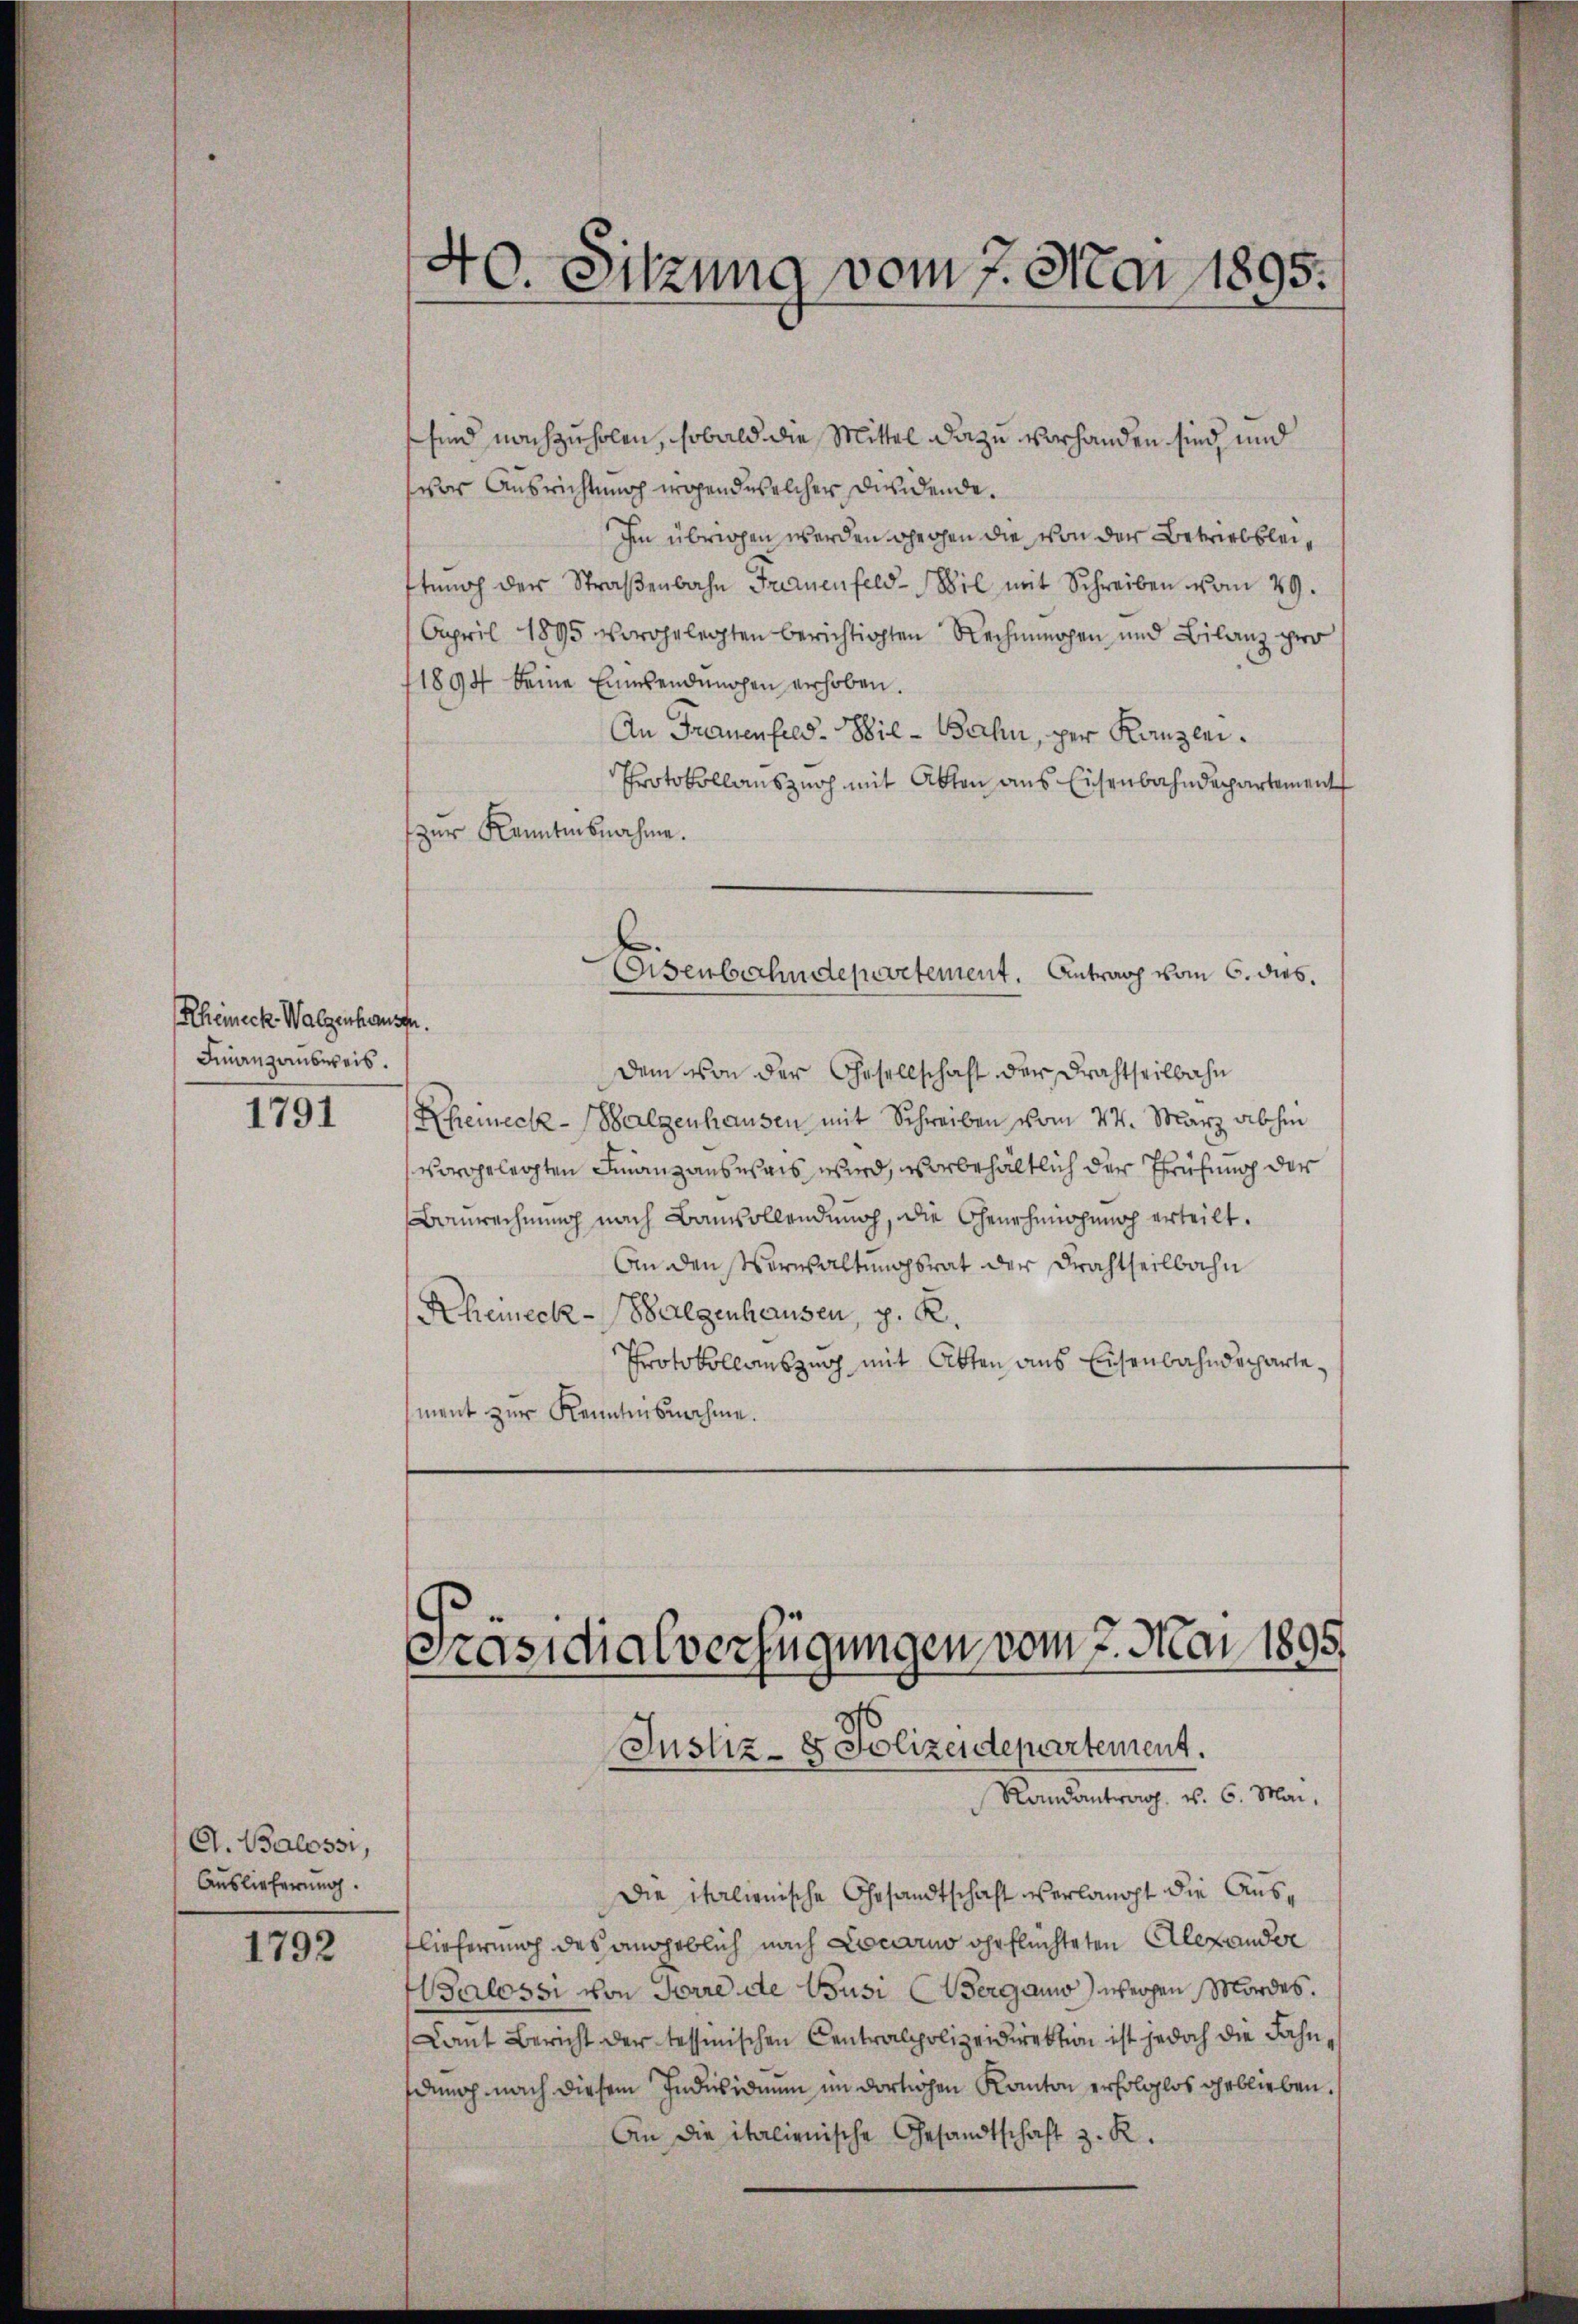
Rheineck Walzenhausen.
Finanzausweis.

1791

C. Balossi,
Auslieferung.

1792

4
10. Sitzung vom 7. Mai 1895.

sind nachzuholen, sobald die Mittel dazu vorhanden sind, und
vor Ausrichtung wohend welcher diendende.
Im übrigen werden Ohechen die von der Betriebbleiftung der Straβenbahn Frauenfeld-Bil mit Schreiben vom 29.
Aapril 1895 vorgelegten berichtigten Rechnungen und Bilanz pro
11894 keine Einwendungen erhoben.
An Frauenfeld-Bil-Bahn, per Kanzlei¬
Protokollanszuch mit Akten aus Eisenbahndepartement
zur Kenntnisnahme.
dem von der Gesellschaft der Drahtheilbahn
Rheineck-Salzenhausen mit Schreiben vom 24. März abhin
vorgelegten Finanzausweis wird, vorbehältlich der Prüfung der
Baurechnung nach Bauvollendung, die Genehmigung erteilt.
An den Verwaltungsrat der Frachtheilbahn
Rheineck-Balgenhausen, p. K.
Protokollauszug mit Atten aus Eisenbahndecharte,
ment zur Kenntnisnahme.

Eisenbahndepartement. Antrag vom 6. dies

Präsidialverfügungen vom 7. Mai 1895
Justiz- & Polizeidepartement.

Randantrag. v. 6. Mai,
Die italienische Gesandtschaft verlangt die Auslieferung des angeblich nach Locarno eheflüchteten Alexander
alossi von Jarre de Busi (Verganis) wegen Mordes.
Lant Bericht der tessinischen Centralpolizeidirektion ist jedoch die Fahndenoch nach diesem Individuum im dortigen Kanton erfolglos geblieben.
An die italienische Gesandtschaft z. R.